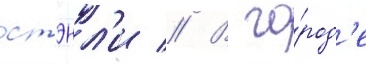
стэнл'и // В го́род'е